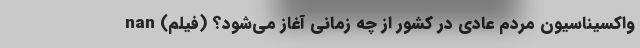
واکسیناسیون مردم عادی در کشور از چه زمانی آغاز می‌شود؟ (فیلم) nan